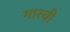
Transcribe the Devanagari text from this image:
गारची